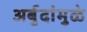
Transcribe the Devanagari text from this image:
अर्बुदांमुळे